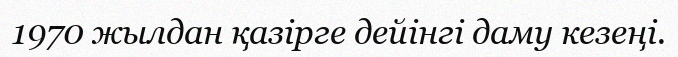
1970 жылдан қазірге дейінгі даму кезеңі.